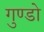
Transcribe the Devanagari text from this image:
गुण्डो